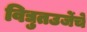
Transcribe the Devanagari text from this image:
विद्युतउर्जेचे